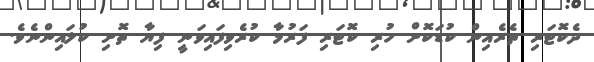
ދެކޮޓަރި ތެރެއިން ކުޑަކޮށް ހުރި ކޮޓަރި ފަރުމާ ކުރެވިފައިވަނީ ފިޔާ ތޮށި ކުލައިންނެވެ.